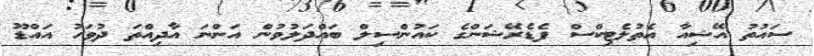
ސައުތު އޭޝިއާ އެތުލެޓިކްސް ފެޑެރޭޝަންގެ ކައުންސިލް ބައްދަލުވުން އަންނަ އާދިއްތަ ދުވަހު އައްޑޫ